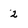
Character: 2